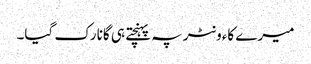
میرے کاءونٹر پہ پہنچتے ہی گانا رک گیا۔